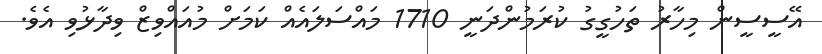
އޭސީސީން މިހާރު ތަހުގީގު ކުރަމުންދަނީ 1710 މައްސަލައެއް ކަމަށް މުއައްވިޒް ވިދާޅުވި އެވެ.